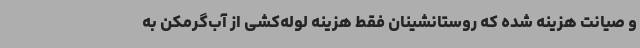
و صیانت هزینه شده که روستانشینان فقط هزینه لوله‌کشی از آب‌گرمکن به